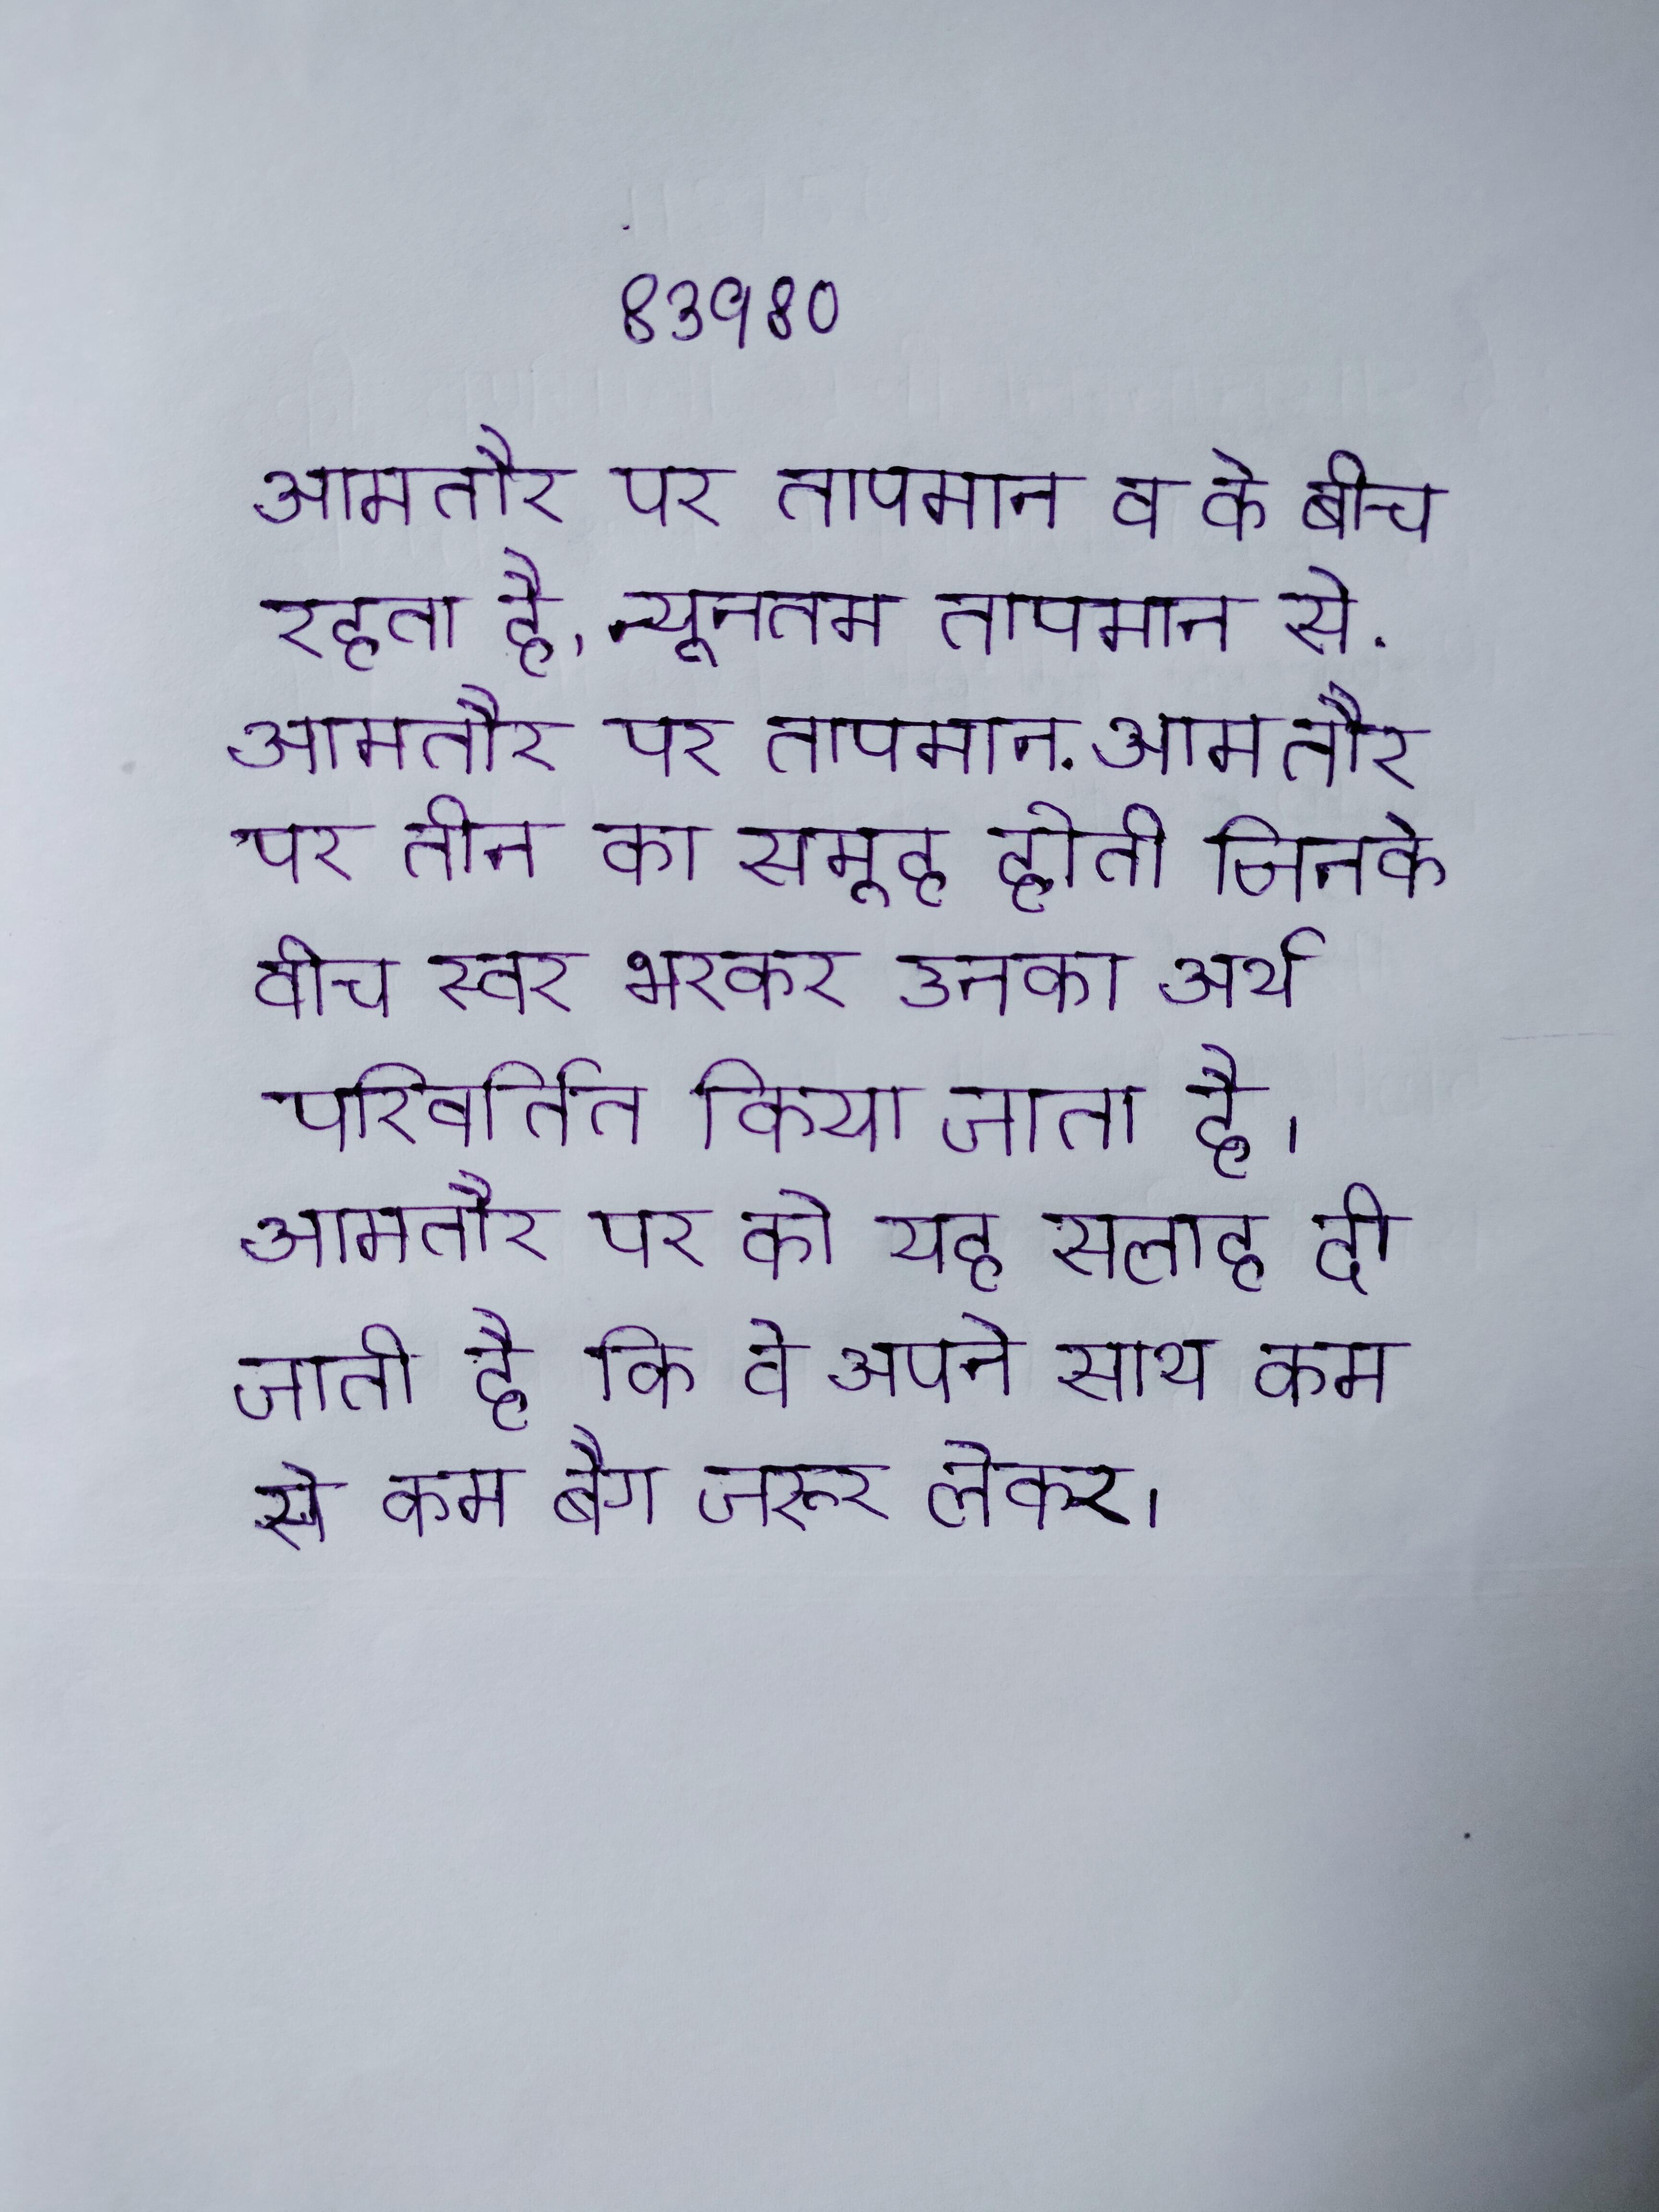
आमतौर पर तापमान व के बीच रहता है, न्यूनतम तापमान से . आमतौर पर तापमान . आम तौर पर तीन का समूह होती जिनके बीच स्वर भरकर उनका अर्थ परिवर्तित किया जाता है । आमतौर पर को यह सलाह दी जाती है कि वे अपने साथ कम से कम बैग जरूर लेकर ।